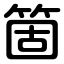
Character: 箇